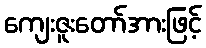
ကျေးဇူးတော်အားဖြင့်